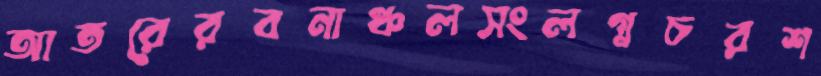
আতরেরবনাঞ্চলসংলগ্নচরশ